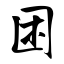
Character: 困